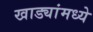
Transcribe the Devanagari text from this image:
खाड्यांमध्ये